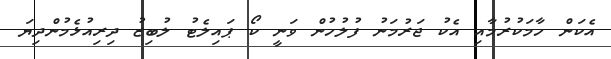
އެކަން ހާމަކުރުމާއި އެކު ޖަރުމަނު ފުލުހުން ވަނީ ކޯ ޕައިލެޓު ލުބިޒު ދިރިއުޅެމުންދިޔަ